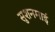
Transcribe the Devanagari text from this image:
सुशनमाई